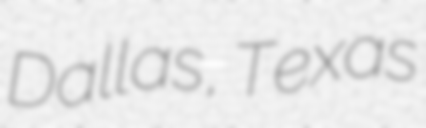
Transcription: Dallas, Texas